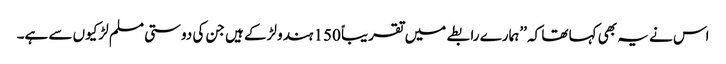
اس نے یہ بھی کہا تھا کہ ’’ہمارے رابطے میں تقریباً 150 ہندو لڑکے ہیں جن کی دوستی مسلم لڑکیوں سے ہے۔